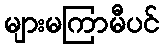
များမကြာမီပင်